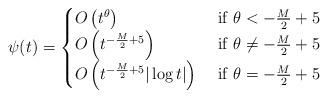
LaTeX: \begin{align*}\psi(t)=\begin{cases}O\left(t^{\theta}\right)&\hbox{ if }\theta<-\frac{M}2+5\\O\left(t^{-\frac{M}2+5}\right)&\hbox{ if }\theta\ne-\frac{M}2+5\\O\left(t^{-\frac{M}2+5}|\log t|\right)&\hbox{ if }\theta=-\frac{M}2+5\end{cases}\end{align*}